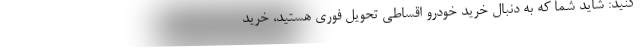
کنید: شاید شما که به دنبال خرید خودرو اقساطی تحویل فوری هستید، خرید